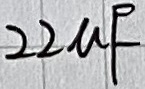
Text: 22µF